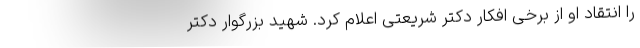
را انتقاد او از برخی افکار دکتر شریعتی اعلام کرد. شهید بزرگوار دکتر